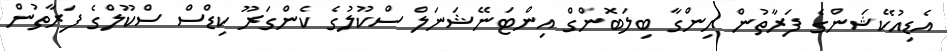
އެޑިއުކޭޝަންގެ ފަރާތުން ހިންގާ ބިލަބޮންގް އިންޓަނޭޝަނަލް ސްކޫލުގެ ކެންގަރޫ ކިޑްސް ސްކޫލްގެ ފަރާތުން